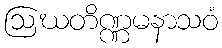
ဩဃတိဏ္ဏမနာသဝံ